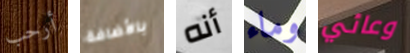
أرحب بالأضافة أنه وماء وعائي